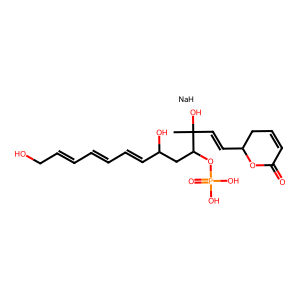
SMILES: CC(O)(C=CC1CC=CC(=O)O1)C(CC(O)C=CC=CC=CCO)OP(=O)(O)O.[NaH]
Inhibits HIV replication: No